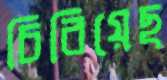
চিবিয়েছ